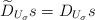
LaTeX: \begin{align*}\widetilde D_{U_\sigma} s = D_{U_\sigma} s\end{align*}